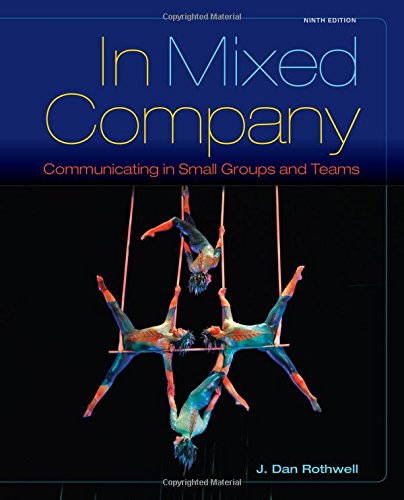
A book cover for In Mixed Company: Communicating in Small Groups; J. Dan Rothwell; Reference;